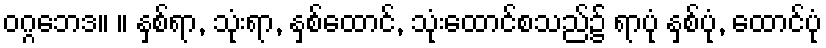
ဝဂ္ဂဘေဒ။ ။ နှစ်ရာ, သုံးရာ, နှစ်ထောင်, သုံးထောင်စသည်၌ ရာပုံ နှစ်ပုံ, ထောင်ပုံ